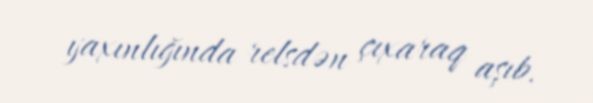
yaxınlığında relsdən çıxaraq aşıb.